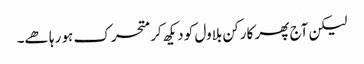
لیکن آج پھر کارکن بلاول کو دیکھ کر متحرک ہو رہا ھے۔